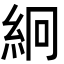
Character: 絅